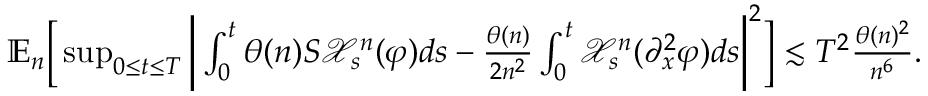
\begin{array} { r } { \mathbb { E } _ { n } \bigg [ \operatorname* { s u p } _ { 0 \le t \le T } \bigg | \int _ { 0 } ^ { t } \theta ( n ) S \mathcal { X } _ { s } ^ { n } ( \varphi ) d s - \frac { \theta ( n ) } { 2 n ^ { 2 } } \int _ { 0 } ^ { t } \mathcal { X } _ { s } ^ { n } ( \partial _ { x } ^ { 2 } \varphi ) d s \bigg | ^ { 2 } \bigg ] \lesssim T ^ { 2 } \frac { \theta ( n ) ^ { 2 } } { n ^ { 6 } } . } \end{array}